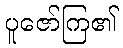
ပူဇော်ကြ၏